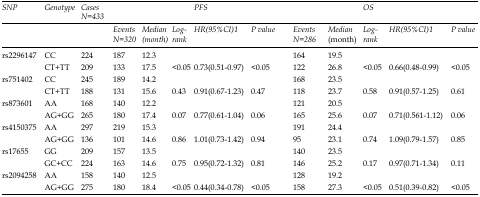
<table><thead><tr><td rowspan="3"><b><i>SNP</i></b></td><td rowspan="3"><b><i>Genotype</i></b></td><td rowspan="3"><b><i>Cases N=433</i></b></td><td colspan="5"><b><i>PFS</i></b></td><td colspan="5"><b><i>OS</i></b></td></tr><tr><td rowspan="2"><b><i>Events N=320</i></b></td><td rowspan="2"><b><i>Median (month)</i></b></td><td rowspan="2"><b><i>Log-rank</i></b></td><td rowspan="2"><b><i>HR(95%CI)</i><sup>1</sup></b></td><td rowspan="2"><b><i>P value</i></b></td><td rowspan="2"><b><i>Events N=286</i></b></td><td><b><i>Median</i></b></td><td rowspan="2"><b><i>Log-rank</i></b></td><td rowspan="2"><b><i>HR(95%CI)</i><sup>1</sup></b></td><td rowspan="2"><b><i>P value</i></b></td></tr><tr><td><b><i>(month)</i></b></td></tr></thead><tbody><tr><td>rs2296147</td><td>CC</td><td>224</td><td>187</td><td>12.3</td><td></td><td></td><td></td><td>164</td><td>19.5</td><td></td><td></td><td></td></tr><tr><td></td><td>CT+TT</td><td>209</td><td>133</td><td>17.5</td><td>&lt;0.05</td><td>0.73(0.51-0.97)</td><td>&lt;0.05</td><td>122</td><td>26.8</td><td>&lt;0.05</td><td>0.66(0.48-0.99)</td><td>&lt;0.05</td></tr><tr><td>rs751402</td><td>CC</td><td>245</td><td>189</td><td>14.2</td><td></td><td></td><td></td><td>168</td><td>23.5</td><td></td><td></td><td></td></tr><tr><td></td><td>CT+TT</td><td>188</td><td>131</td><td>15.6</td><td>0.43</td><td>0.91(0.67-1.23)</td><td>0.47</td><td>118</td><td>23.7</td><td>0.58</td><td>0.91(0.57-1.25)</td><td>0.61</td></tr><tr><td>rs873601</td><td>AA</td><td>168</td><td>140</td><td>12.2</td><td></td><td></td><td></td><td>121</td><td>20.5</td><td></td><td></td><td></td></tr><tr><td></td><td>AG+GG</td><td>265</td><td>180</td><td>17.4</td><td>0.07</td><td>0.77(0.61-1.04)</td><td>0.06</td><td>165</td><td>25.6</td><td>0.07</td><td>0.71(0.561-1.12)</td><td>0.06</td></tr><tr><td>rs4150375</td><td>AA</td><td>297</td><td>219</td><td>15.3</td><td></td><td></td><td></td><td>191</td><td>24.4</td><td></td><td></td><td></td></tr><tr><td></td><td>AG+GG</td><td>136</td><td>101</td><td>14.6</td><td>0.86</td><td>1.01(0.73-1.42)</td><td>0.94</td><td>95</td><td>23.1</td><td>0.74</td><td>1.09(0.79-1.57)</td><td>0.85</td></tr><tr><td>rs17655</td><td>GG</td><td>209</td><td>157</td><td>13.5</td><td></td><td></td><td></td><td>140</td><td>23.5</td><td></td><td></td><td></td></tr><tr><td></td><td>GC+CC</td><td>224</td><td>163</td><td>14.6</td><td>0.75</td><td>0.95(0.72-1.32)</td><td>0.81</td><td>146</td><td>25.2</td><td>0.17</td><td>0.97(0.71-1.34)</td><td>0.11</td></tr><tr><td>rs2094258</td><td>AA</td><td>158</td><td>140</td><td>12.5</td><td></td><td></td><td></td><td>128</td><td>19.2</td><td></td><td></td><td></td></tr><tr><td> </td><td>AG+GG</td><td>275</td><td>180</td><td>18.4</td><td>&lt;0.05</td><td>0.44(0.34-0.78)</td><td>&lt;0.05</td><td>158</td><td>27.3</td><td>&lt;0.05</td><td>0.51(0.39-0.82)</td><td>&lt;0.05</td></tr></tbody></table>